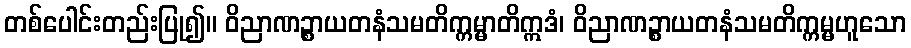
တစ်ပေါင်းတည်းပြု၍။ ဝိညာဏဉ္စာယတနံသမတိက္ကမ္မာတိဣဒံ၊ ဝိညာဏဉ္စာယတနံသမတိက္ကမ္မဟူသော